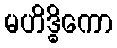
မဟိဒ္ဓိကော